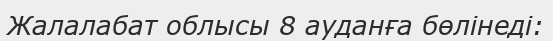
Жалалабат облысы 8 ауданға бөлінеді: